Regulations for the medical services of the Army of India
Year: 1930
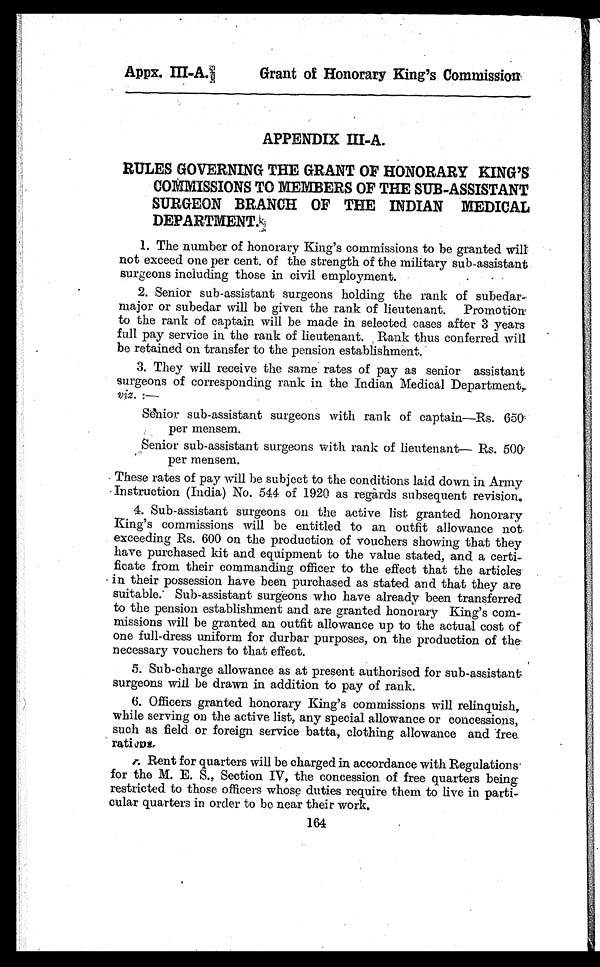
Appx. III-A. Grant of Honorary King's Commission
APPENDIX III-A.
RULES GOVERNING THE GRANT OF HONORARY KING’S
COMMISSIONS TO MEMBERS OF THE SUB-ASSISTANT
SURGEON BRANCH OF THE INDIAN MEDICAL
DEPARTMENT
1. The number of honorary King’s commissions to be granted will
not exceed one per cent. of the strength of the military sub-assistant
surgeons including those in civil employment.
2. Senior sub-assistant surgeons holding the rank of subedar-
major or subedar will be given the rank of lieutenant. Promotion
to the rank of captain will be made in selected cases after 3 years
full pay service in the rank of lieutenant. Rank thus conferred will
be retained on transfer to the pension establishment.
3. They will receive the same rates of pay as senior assistant
surgeons of corresponding rank in the Indian Medical Department,
viz. :—
Senior sub-assistant surgeons with rank of captain—Rs. 650
per mensem.
Senior sub-assistant surgeons with rank of lieutenant—Rs. 500
per mensem.
These rates of pay will be subject to the conditions laid down in Army
Instruction (India) No. 544 of 1920 as regards subsequent revision.
4. Sub-assistant surgeons on the active list granted honorary
K i n g ’ s c o m m i s s i o n s w i l l b e e n t i t l e d t o a n o u t f i t a l l o w a n c e n o t
exceeding Rs. 600 on the production of vouchers showing that they
have purchased kit and equipment to the value stated, and a certi-
ficate from their commanding officer to the effect that the articles
in their possession have been purchased as stated and that they are
suitable. Sub-assistant surgeons who have already been transferred
to the pension establishment and are granted honorary King’s com-
missions will be granted an outfit allowance up to the actual cost of
one full-dress uniform for durbar purposes, on the production of the
necessary vouchers to that effect.
5. Sub-charge allowance as at present authorised for sub-assistant
surgeons will be drawn in addition to pay of rank.
6. Officers granted honorary King’s commissions will relinquish,
while serving on the active list, any special allowance or concessions,
such as field or foreign service batta, clothing allowance and free.
rations.
7. Rent for quarters will be charged in accordance with Regulations.
for the M. E. S., Section IV, the concession of free quarters being
restricted to those officers whose duties require them to live in parti-
cular quarters in order to be near their work.
164